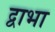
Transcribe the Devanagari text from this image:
द्वाभा